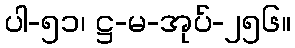
ပါ-၅၁၊ ဋ္ဌ-မ-အုပ်-၂၅၆။